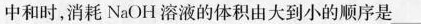
中和时，消耗NaOH溶液的体积由大到小的顺序是